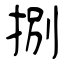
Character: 捌